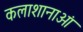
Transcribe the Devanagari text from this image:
कलाशानाओं